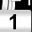
Digit: 1